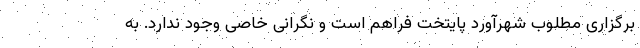
برگزاری مطلوب شهرآورد پایتخت فراهم است و نگرانی خاصی وجود ندارد. به